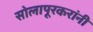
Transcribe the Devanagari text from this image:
सोलापूरकरांनी